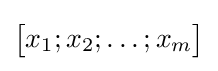
{\begin{bmatrix}x_{1};x_{2};\dots ;x_{m}\end{bmatrix}}